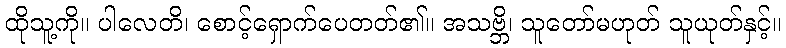
ထိုသူ့ကို။ ပါလေတိ၊ စောင့်ရှောက်ပေတတ်၏။ အသဗ္ဘိ၊ သူတော်မဟုတ် သူယုတ်နှင့်။